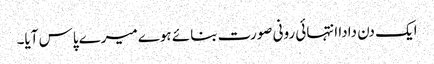
ایک دن دادا انتہائی رونی صورت بنائے ہوے میرے پاس آیا۔